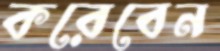
করেবেন